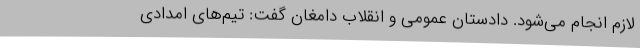
لازم انجام می‌شود. دادستان عمومی و انقلاب دامغان گفت: تیم‌های امدادی